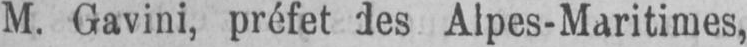
M. Gavini, préfet des Alpes-Maritimes,